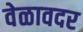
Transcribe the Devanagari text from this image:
वेळावदर